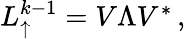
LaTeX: \begin{array}{r}{L_{\uparrow}^{k-1}=V\Lambda V^{*}\, ,}\end{array}